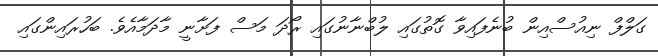
ގަލްފް ނިއުސްއިން ބުނެފައިވާ ގޮތުގައި ލުބްނާނުގައި ރޯދަ މަސް ފަށާނީ މާދަމާއެވެ. ބަހުރައިންގައި